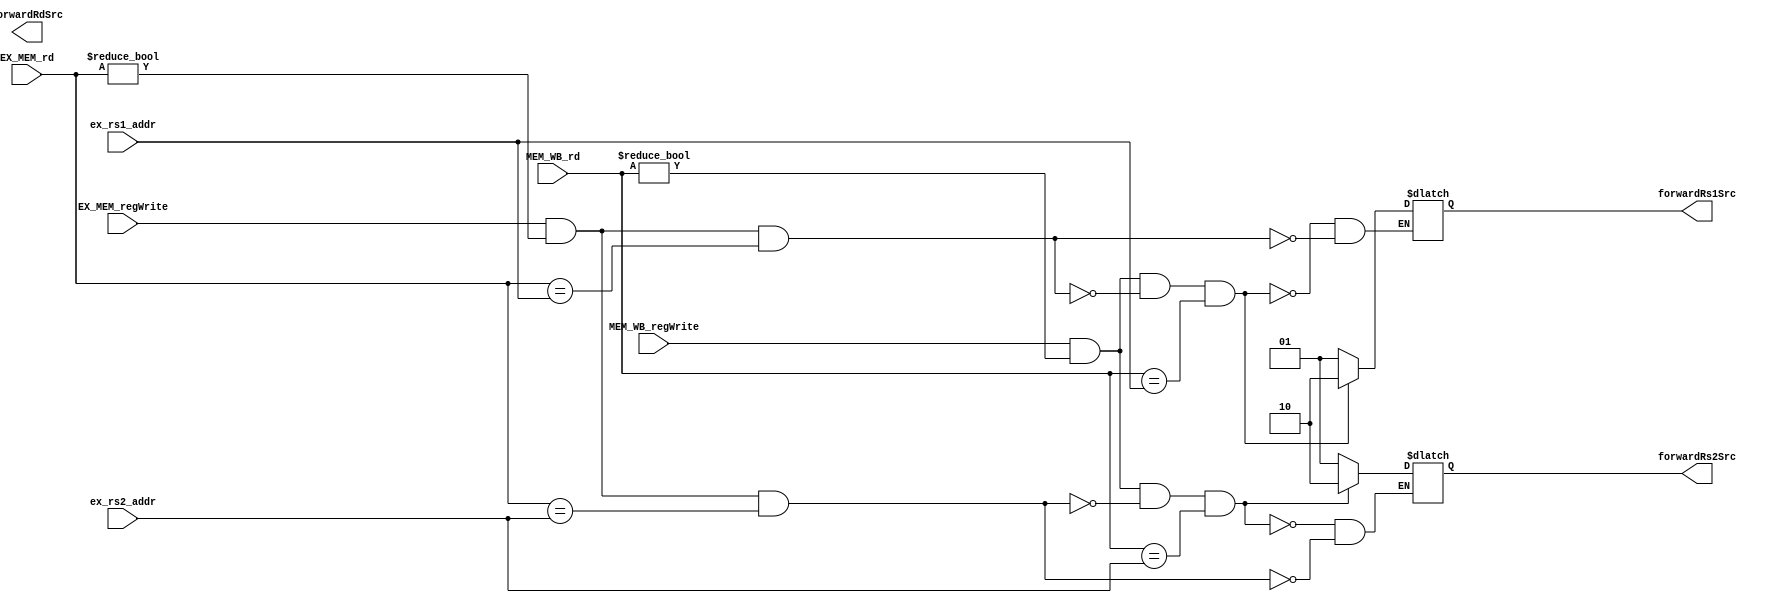
module ForwardUnit(
    input [4:0] ex_rs1_addr,
    input [4:0] ex_rs2_addr,
    input EX_MEM_regWrite,
    input MEM_WB_regWrite,
    input [4:0] EX_MEM_rd,
    input [4:0] MEM_WB_rd,
    output reg forwardRdSrc,
    output reg [1:0] forwardRs1Src,
    output reg [1:0] forwardRs2Src 
);

    always@*begin

        // EX hazard
        if((EX_MEM_regWrite==1)&&(EX_MEM_rd!=0)&&(EX_MEM_rd==ex_rs1_addr))
            forwardRs1Src = 2'b01;
        if((EX_MEM_regWrite==1)&&(EX_MEM_rd!=0)&&(EX_MEM_rd==ex_rs2_addr))
            forwardRs2Src = 2'b01;

        // MEM hazard
        if((MEM_WB_regWrite)&&(MEM_WB_rd!=0)&&!((EX_MEM_regWrite==1)&&(EX_MEM_rd!=0)&&(EX_MEM_rd==ex_rs1_addr))&&(MEM_WB_rd==ex_rs1_addr))
            forwardRs1Src = 2'b10;
        if((MEM_WB_regWrite)&&(MEM_WB_rd!=0)&&!((EX_MEM_regWrite==1)&&(EX_MEM_rd!=0)&&(EX_MEM_rd==ex_rs2_addr))&&(MEM_WB_rd==ex_rs2_addr))
            forwardRs2Src = 2'b10;
    end
endmodule